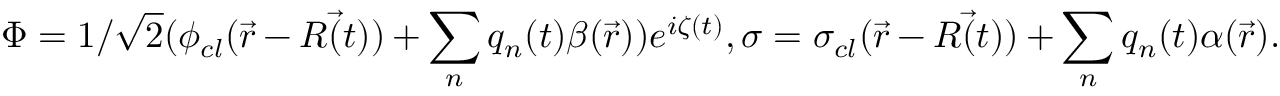
\Phi = 1 / { \sqrt { 2 } } ( \phi _ { c l } ( { \vec { r } } - { \vec { R ( t ) } } ) + \sum _ { n } q _ { n } ( t ) \beta ( { \vec { r } } ) ) e ^ { i \zeta ( t ) } , \sigma = \sigma _ { c l } ( { \vec { r } } - { \vec { R ( t ) } } ) + \sum _ { n } q _ { n } ( t ) \alpha ( { \vec { r } } ) .